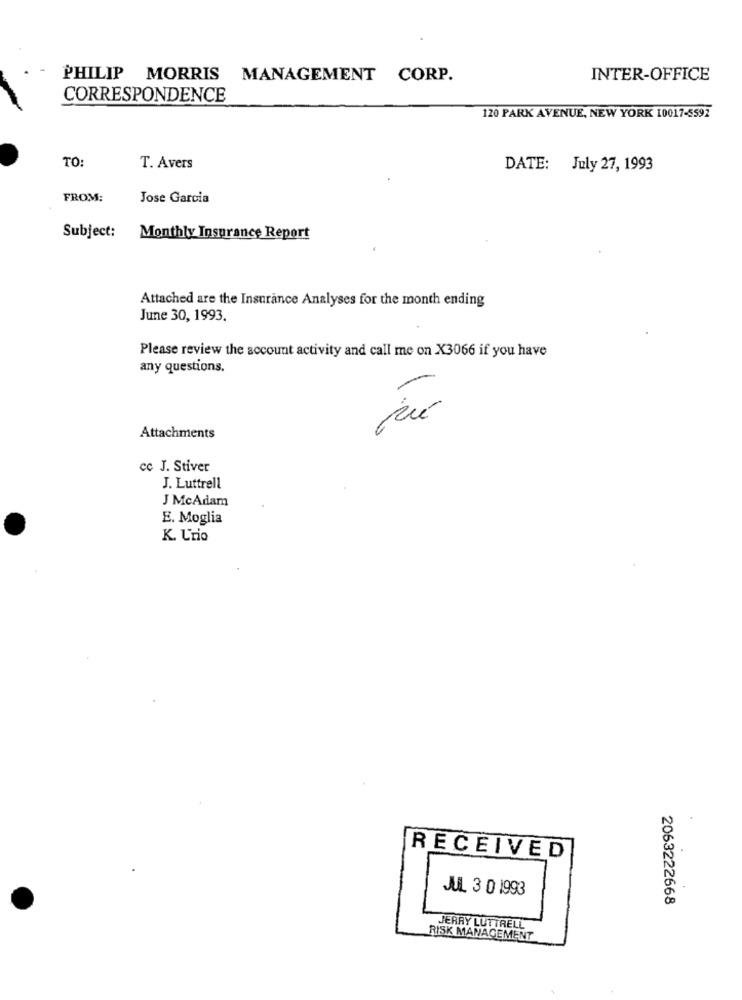
PHILIP MORRIS
MANAGEMENT CORP.
INTER-OFFICE
CORRESPONDENCE
120 PARK AVENUE, NEW YORK 10017-5592
TO:
T. Avers
DATE: July 27, 1993
FROM:
Jose Garcia
Subject: Monthly Insurance Report
Attached are the Insurance Analyses for the month ending
June 30, 1993.
Please review the account activity and call me on X3066 if you have
any questions.
-
Attachments
cc J. Stiver
J. Luttrell
J McAdam
E. Moglia
K. Urio
RECEIVED
JUL 3 0 1993
2063222668
JERRY LUTTRELL
RISK MANAGEMENT